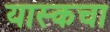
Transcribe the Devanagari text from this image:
यास्कचा